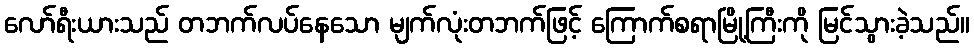
လော်ရီးယားသည် တဘက်လပ်နေသော မျက်လုံးတဘက်ဖြင့် ကြောက်စရာမြို့ကြီးကို မြင်သွားခဲ့သည်။